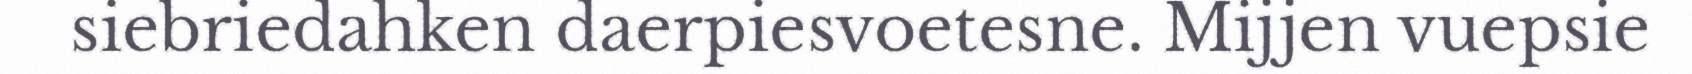
siebriedahken daerpiesvoetesne. Mijjen vuepsie